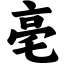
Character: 亳